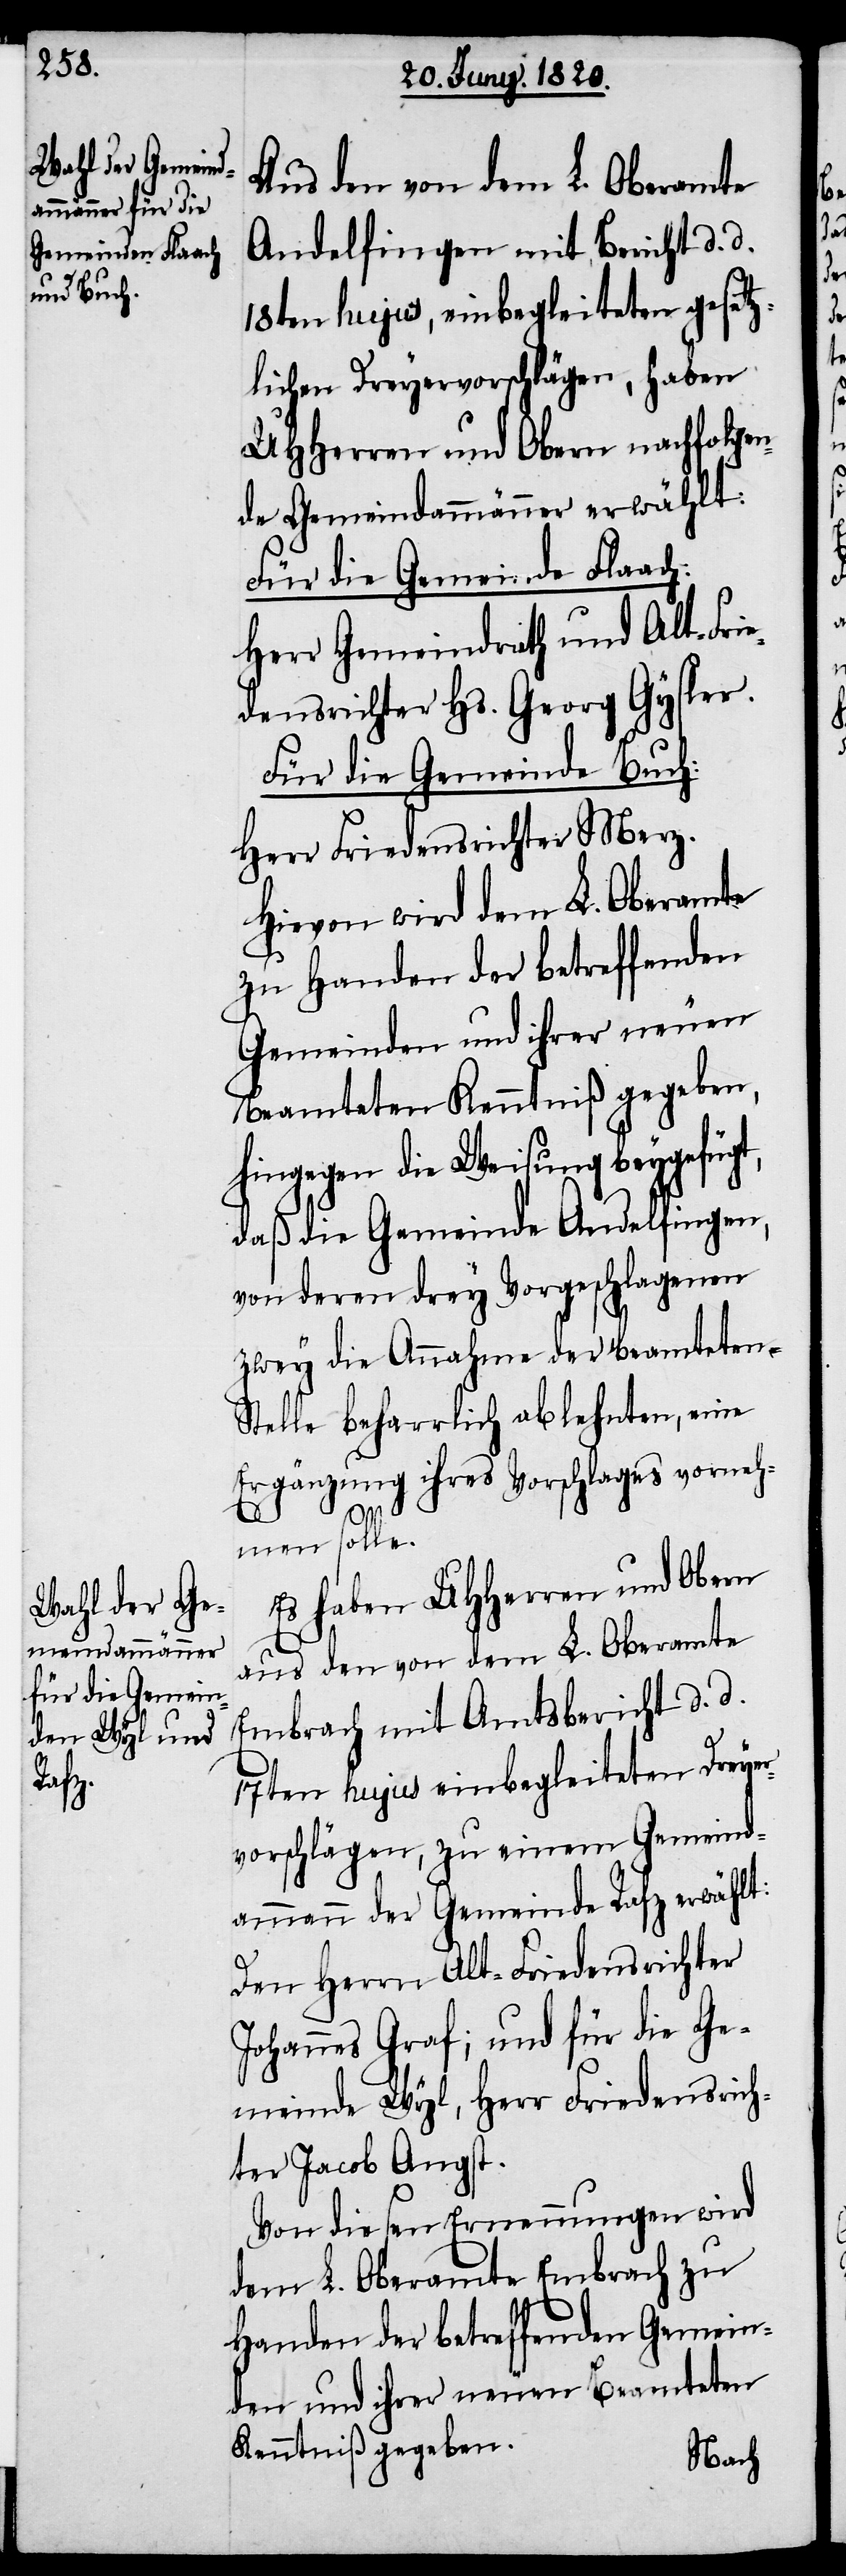
Aus den von dem L. Oberamte
Andelfingen mit Bericht d. d.
18ten hujus, einbegleiteten gesetz¬
lichen Dreyervorschlägen, haben
UHHerren und Obern nachfolgen¬
de Gemeindammänner erwählt:
Für die Gemeinde Flaach:
Herr Gemeindrath und Alt-Fri¬
edensrichter Hs. Georg Gysler.
Für die Gemeinde Buch:
Herr Friedensrichter Merz.
Hievon wird dem L. Oberamte
zu Handen der betreffenden
Gemeinden und ihrer neuen
Beamteten Kenntniß gegeben,
hingegen die Weisung beygefügt,
daß die Gemeinde Andelfingen,
von deren drey Vorgeschlagenen
zwey die Annahme der Beamteten¬
stelle beharrlich ablehnte, eine
Ergänzung ihres Vorschlages vorneh¬
men solle.
Es haben UHherren und Obern
aus den von dem L. Oberamte
Embrach mit Amtsbericht d. d.
17ten hujus einbegleiteten Dreyer¬
vorschlägen, zu einem Gemeind¬
ammann der Gemeinde Rafz erwählt:
Den Herrn Alt-Friedensrichter
Johannes Graf, und für die Ge¬
meinde Wyl, Herr Friedensrich¬
ter Jacob Angst.
Von diesen Erneuerungen wird
dem L. Oberamte Embrach zu
Handen der betreffend Gemein¬
den und ihrer neuen Beamteten
Kenntniß gegeben.